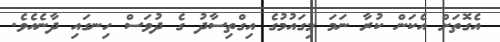
އެގޮތަށް އެކަން ކުރާ ނަމަ މިގައުމުގެ އިގްތިސާދު ގެ ދުވަސް ހިނގައި ދާނެއެވެ.